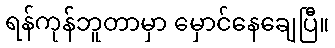
ရန်ကုန်ဘူတာမှာ မှောင်နေချေပြီ။